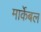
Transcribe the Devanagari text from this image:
मार्केबल